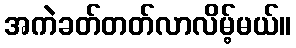
အကဲခတ်တတ်လာလိမ့်မယ်။